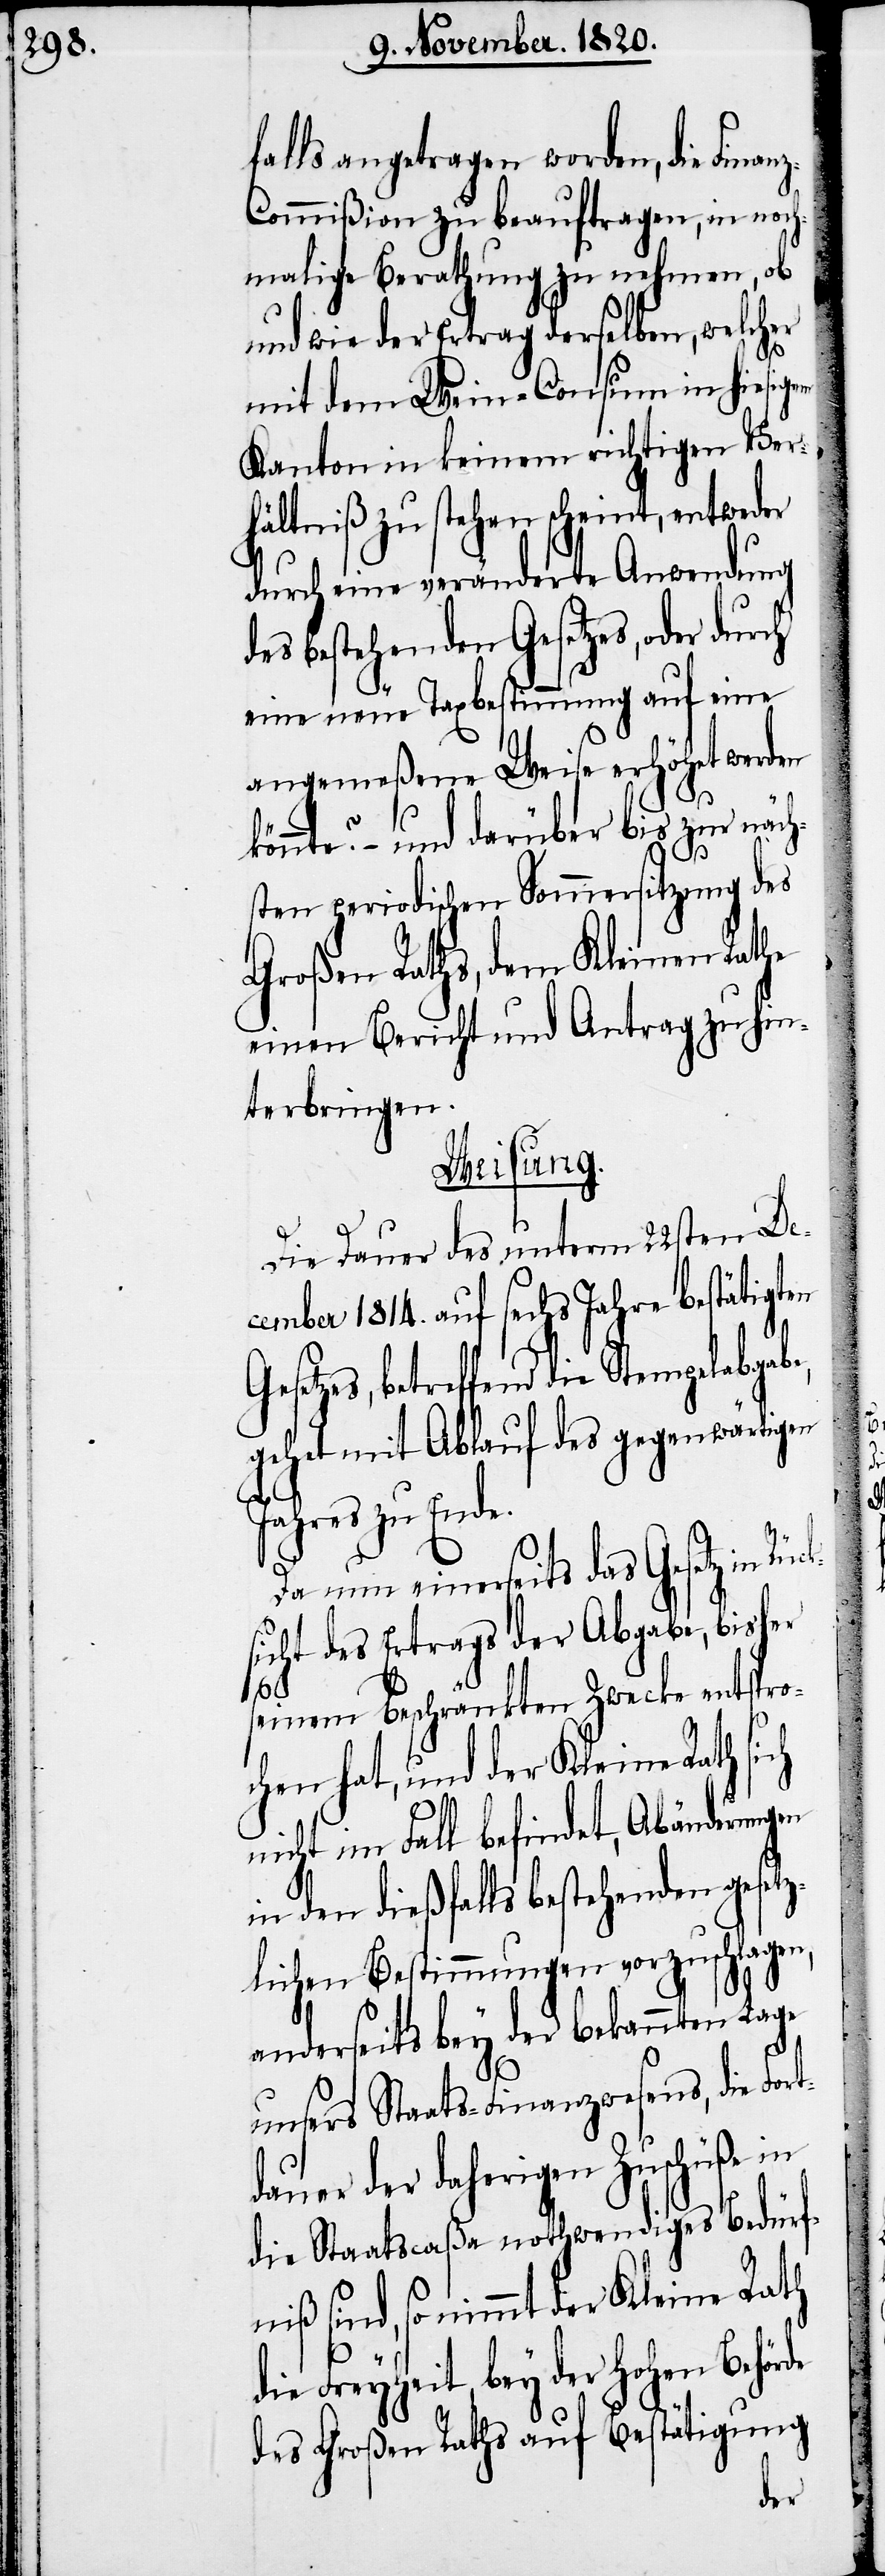
falls angetragen worden, die Finan¬
z-Commißion zu beauftragen, in noch¬
malige Berathung zu nehmen, ob
und wie der Ertrag derselben, welcher
de
mit dem Wein-Consum in hiesigem
Kanton in keinem richtigen Ver¬
hältniß zu stehen scheint, entweder
durch eine veränderte Anwendung
des bestehenden Gesetzes, oder durch
eine neue Taxbestimmung auf eine
angemeßene Weise erhöhet werden
könnte? – und darüber bis zur näch¬
sten periodischen Sommersitzung des
Großen Raths, dem Kleinen Rathe
einen Bericht und Antrag zu hin¬
terbringen.
Weisung.
Die Dauer des unterm 22sten De¬
cember 1814. auf sechs Jahre bestätigten
Gesetzes, betreffend die Stempelabgabe,
gehet mit Ablauf des gegenwärtigen
Jahres zu Ende.
Da nun einerseits das Gesetz in
sicht des Ertrags der Abgabe, bisher
Rück¬
seinem beschränkten Zwecke entspro¬
chen hat, und der Kleine Rath sich
nicht im Fall befindet, Abänderungen
in den dießfalls bestehenden geset¬
zlichen Bestimmungen vorzuschlagen,
anderseits bey der bekannten Lage
unsers Staats-Finanzwesens, die Fort¬
dauer der daherigen Zuschüße in
die Staatscaßa nothwendiges Bedürf¬
niß sind, so nimmt der Kleine Rath
die Freyheit bey der hohen Behör¬
des Großen Raths auf Bestätigung